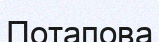
Потапова